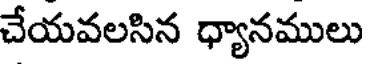
చేయవలసిన ధ్యానములు